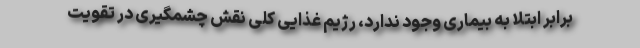
برابر ابتلا به بیماری وجود ندارد، رژیم غذایی کلی نقش چشمگیری در تقویت